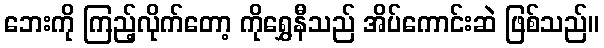
ဘေးကို ကြည့်လိုက်တော့ ကိုရွှေနီသည် အိပ်ကောင်းဆဲ ဖြစ်သည်။